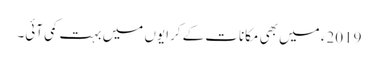
2019ء میں بھی مکانات کے کرایوں میں بہت کمی آئی۔